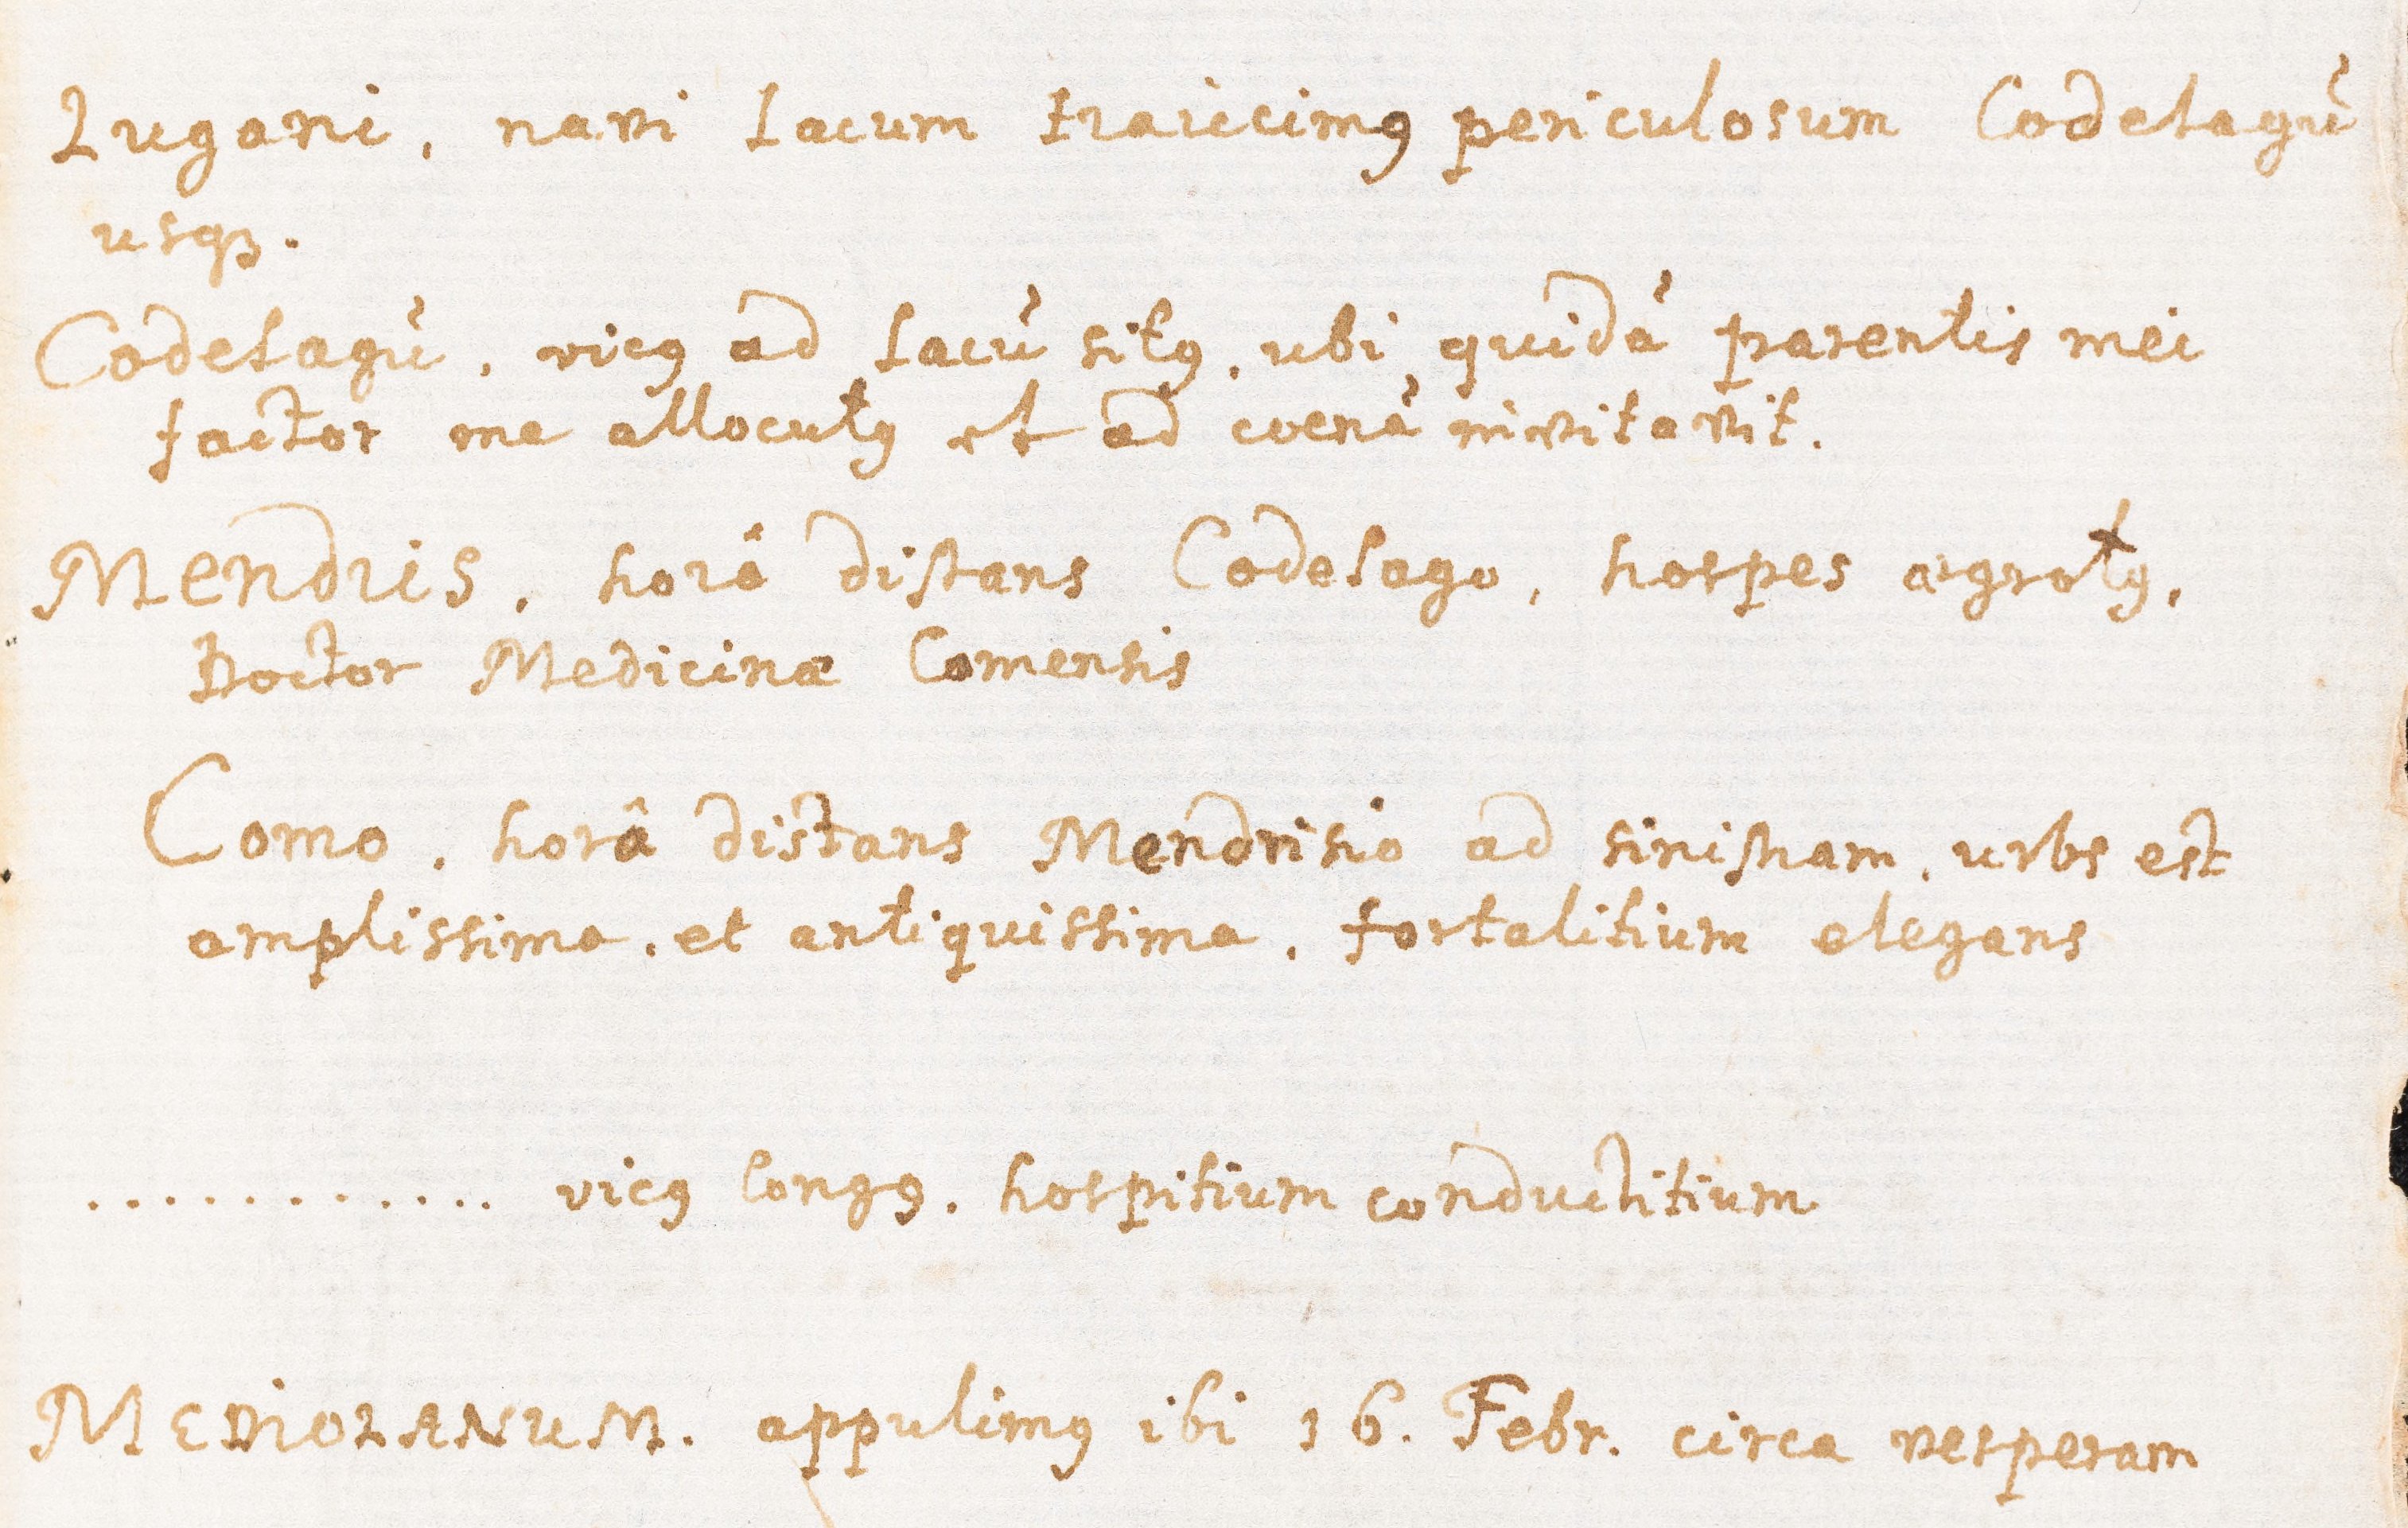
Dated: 1621–1621